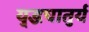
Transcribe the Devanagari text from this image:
यु्द्धचातुर्य